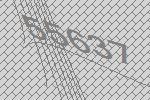
55637